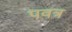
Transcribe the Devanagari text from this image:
पवत्र